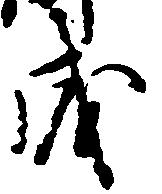
成